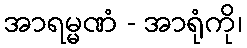
အာရမ္မဏံ - အာရုံကို၊